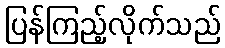
ပြန်ကြည့်လိုက်သည်